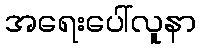
အရေးပေါ်လူနာ